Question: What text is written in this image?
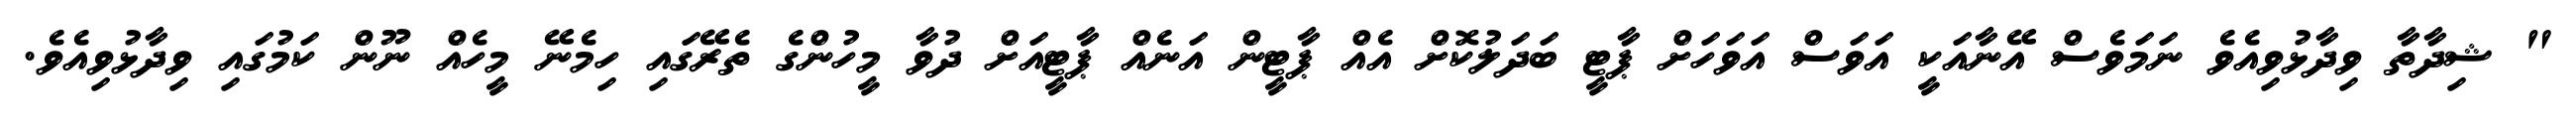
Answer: " ޝިދާތާ ވިދާޅުވިއެވެ ނަމަވެސް އޭނާއަކީ އަވަސް އަވަހަށް ޕާޓީ ބަދަލުކޮށް އެއް ޕާޓީން އަނެއް ޕާޓީއަށް ދުވާ މީހުންގެ ތެރޭގައި ހިމެނޭ މީހެއް ނޫން ކަމުގައި ވިދާޅުވިއެވެ.